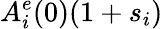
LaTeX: A_{i}^{e}(0)(1+s_{i})